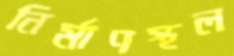
নির্মাণস্থল